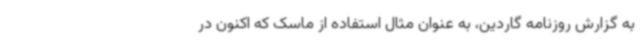
به گزارش روزنامه گاردین، به عنوان مثال استفاده از ماسک که اکنون در